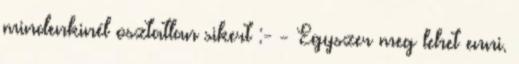
mindenkinél osztatlan sikert :- - Egyszer meg lehet enni.